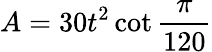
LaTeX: A=30t^{2}\cot{\frac{\pi}{120}}